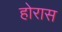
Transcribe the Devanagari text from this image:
होरास